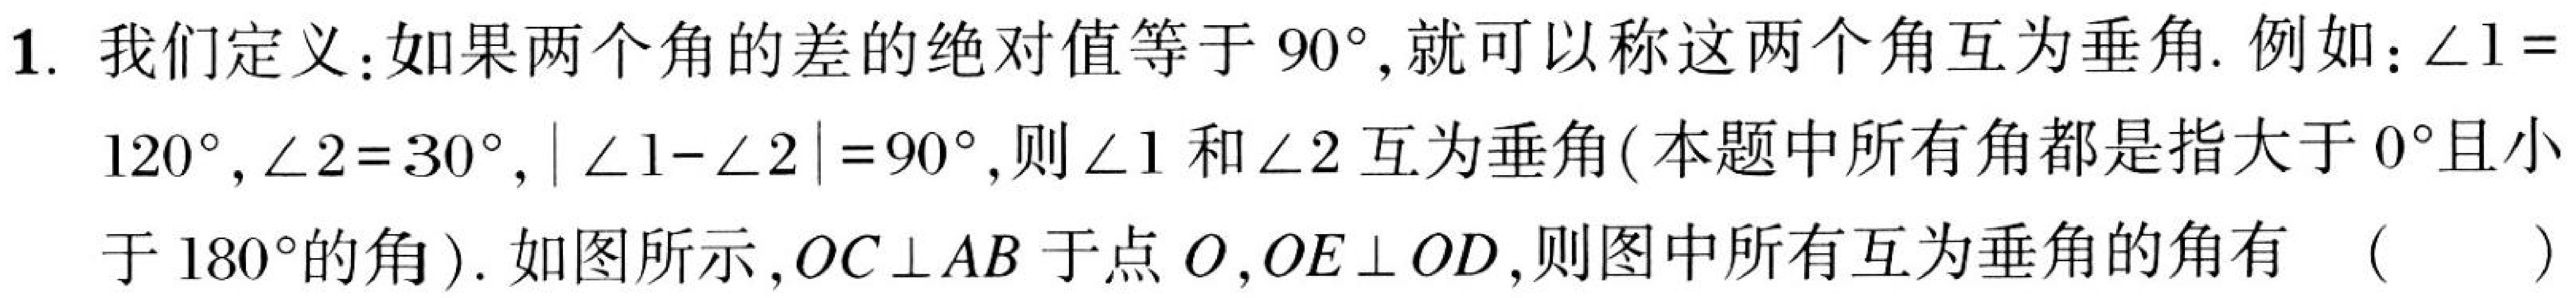
1. 我们定义:如果两个角的差的绝对值等于$90^{\circ}$,就可以称这两个角互为垂角. 例如:$\angle 1 =$
$120^{\circ},\angle 2 = 30^{\circ},|\angle 1-\angle 2| = 90^{\circ}$,则$\angle 1$和$\angle 2$互为垂角(本题中所有角都是指大于$0^{\circ}$且小
于$180^{\circ}$的角). 如图所示,$OC\perp AB$于点$O,OE\perp OD$,则图中所有互为垂角的角有 （  ）